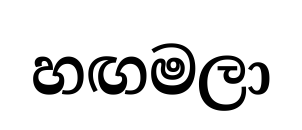
හඟමලා